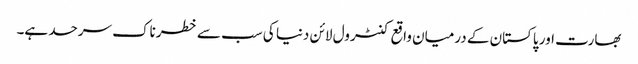
بھارت اور پاکستان کے درمیان واقع کنٹرول لائن دنیا کی سب سے خطرناک سرحد ہے۔